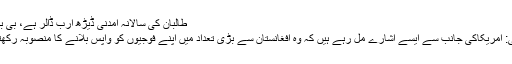
طالبان کی سالانہ آمدنی ڈیڑھ ارب ڈالر ہے، بی بی سی
کراچی: امریکاکی جانب سے ایسے اشارے مل رہے ہیں کہ وہ افغانستان سے بڑی تعداد میں اپنے فوجیوں کو واپس بلانے کا منصوبہ رکھتا ہے۔